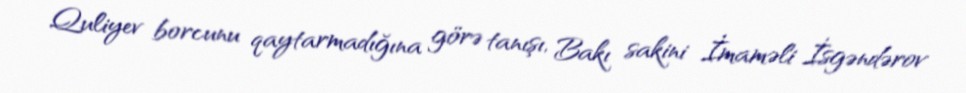
Quliyev borcunu qaytarmadığına görə tanışı, Bakı sakini İmaməli İsgəndərov